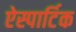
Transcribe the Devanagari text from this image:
ऐस्पार्टिक